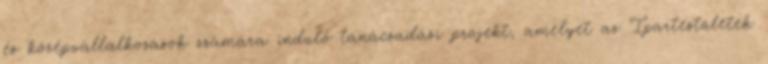
és középvállalkozások számára induló tanácsadási projekt, amelyet az Ipartestületek